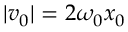
| v _ { 0 } | = 2 \omega _ { 0 } x _ { 0 }